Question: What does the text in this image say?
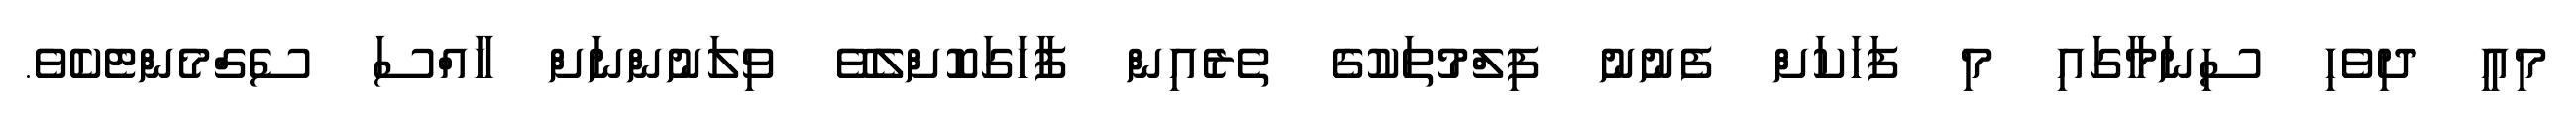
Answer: މިއީ ދިވެހި ސިނަމާގައި މި ފަހަކަށް ފެނުނު ފިލްމުތަކުގެ ތެރެއިން ފާހަގަކޮށްލެވޭ ވިލަނުންނަށް ހާއްސަ ސެގްމެންޓެކެވެ.